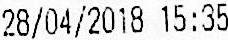
28/04/2018 15:35